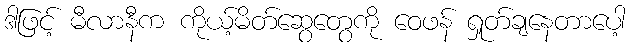
ဒါဖြင့် မီလာနီက ကိုယ့်မိတ်ဆွေတွေကို ဝေဖန် ရှုတ်ချနေတာပေါ့